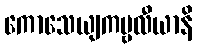
ကောသေယျကမ္ဗလီယာနိ